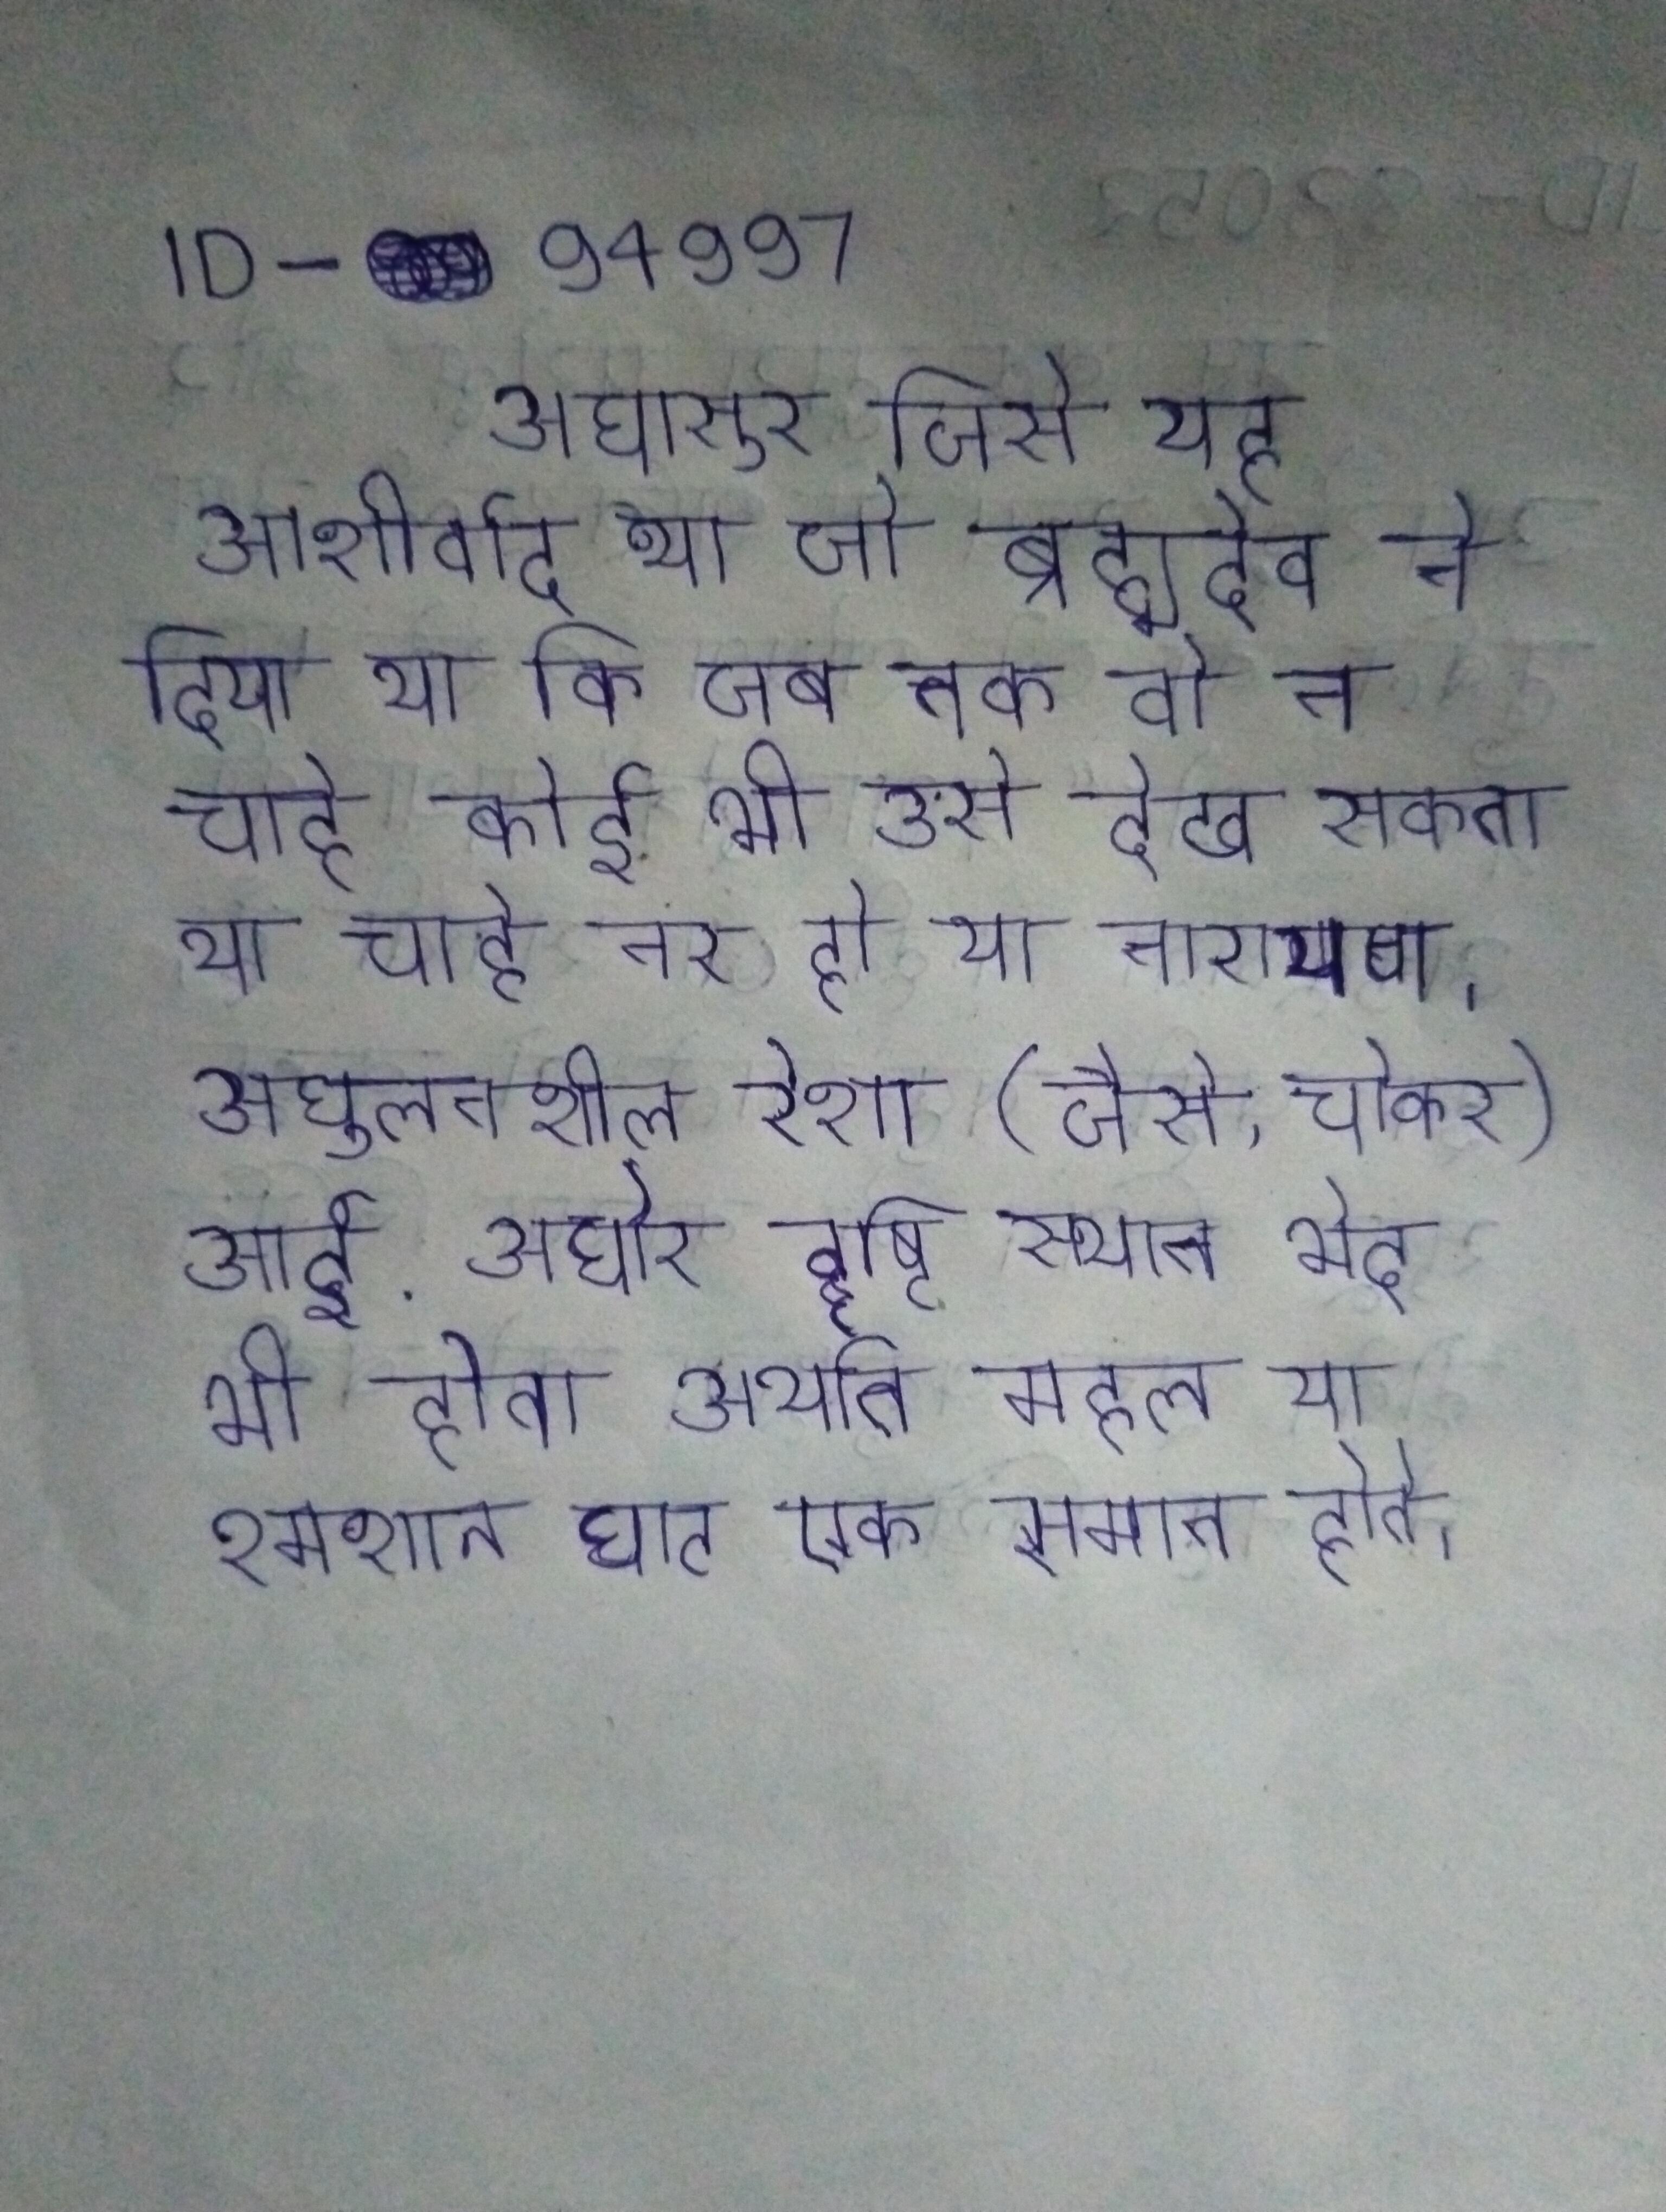
अघासुर जिसे यह आशीर्वाद था जो ब्रह्मदेव ने दिया था कि जब तक वो न चाहे कोई भी उसे देख सकता था चाहे नर हो या नारायण । अघुलनशील रेशा (जैसे, चोकर) आई . अघोर दृष्टि स्थान भेद भी होता अर्थात महल या श्मशान घाट एक समान होते ।